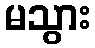
မသွား